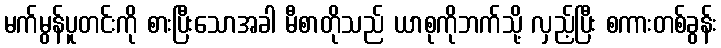
မက်မွန်ပူတင်းကို စားပြီးသောအခါ မီစာတိုသည် ယာစုကိုဘက်သို့ လှည့်ပြီး စကားတစ်ခွန်း